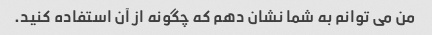
من می توانم به شما نشان دهم که چگونه از آن استفاده کنید.